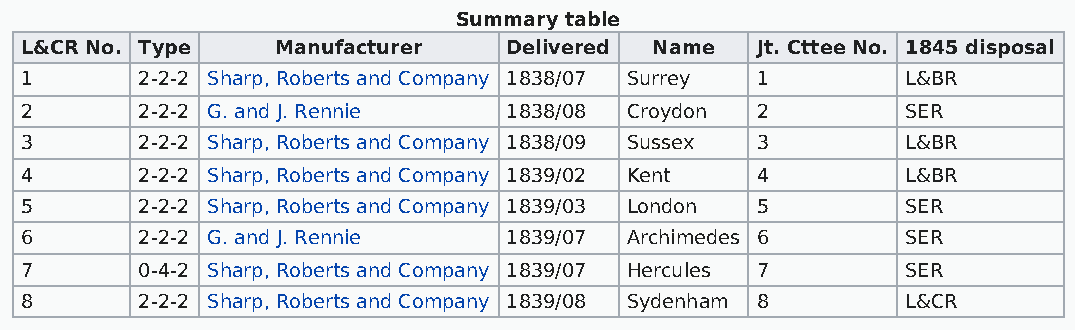
Summary table
 L&CR No. Type    Manufacturer    Delivered Name  Jt. Cttee No. 1845 disposal
 1       2-2-2 Sharp, Roberts and Company 1838/07 Surrey 1  L&BR
 2       2-2-2 G. and J. Rennie   1838/08 Croydon 2         SER
 3       2-2-2 Sharp, Roberts and Company 1838/09 Sussex 3  L&BR
 4       2-2-2 Sharp, Roberts and Company 1839/02 Kent 4    L&BR
 5       2-2-2 Sharp, Roberts and Company 1839/03 London 5  SER
 6       2-2-2 G. and J. Rennie   1839/07 Archimedes 6      SER
 7       0-4-2 Sharp, Roberts and Company 1839/07 Hercules 7 SER
 8       2-2-2 Sharp, Roberts and Company 1839/08 Sydenham 8 L&CR